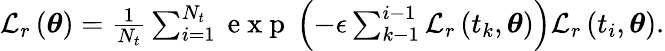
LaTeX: \begin{array}{r}{\mathcal{L}_{r}\left(\boldsymbol{\theta}\right)=\frac{1}{N_{t}}\sum_{i=1}^{N_{t}}\mathrm{~e~x~p~}\left(-\epsilon\sum_{k-1}^{i-1}\mathcal{L}_{r}\left(t_{k},\boldsymbol{\theta}\right)\right)\mathcal{L}_{r}\left(t_{i},\boldsymbol{\theta}\right).}\end{array}